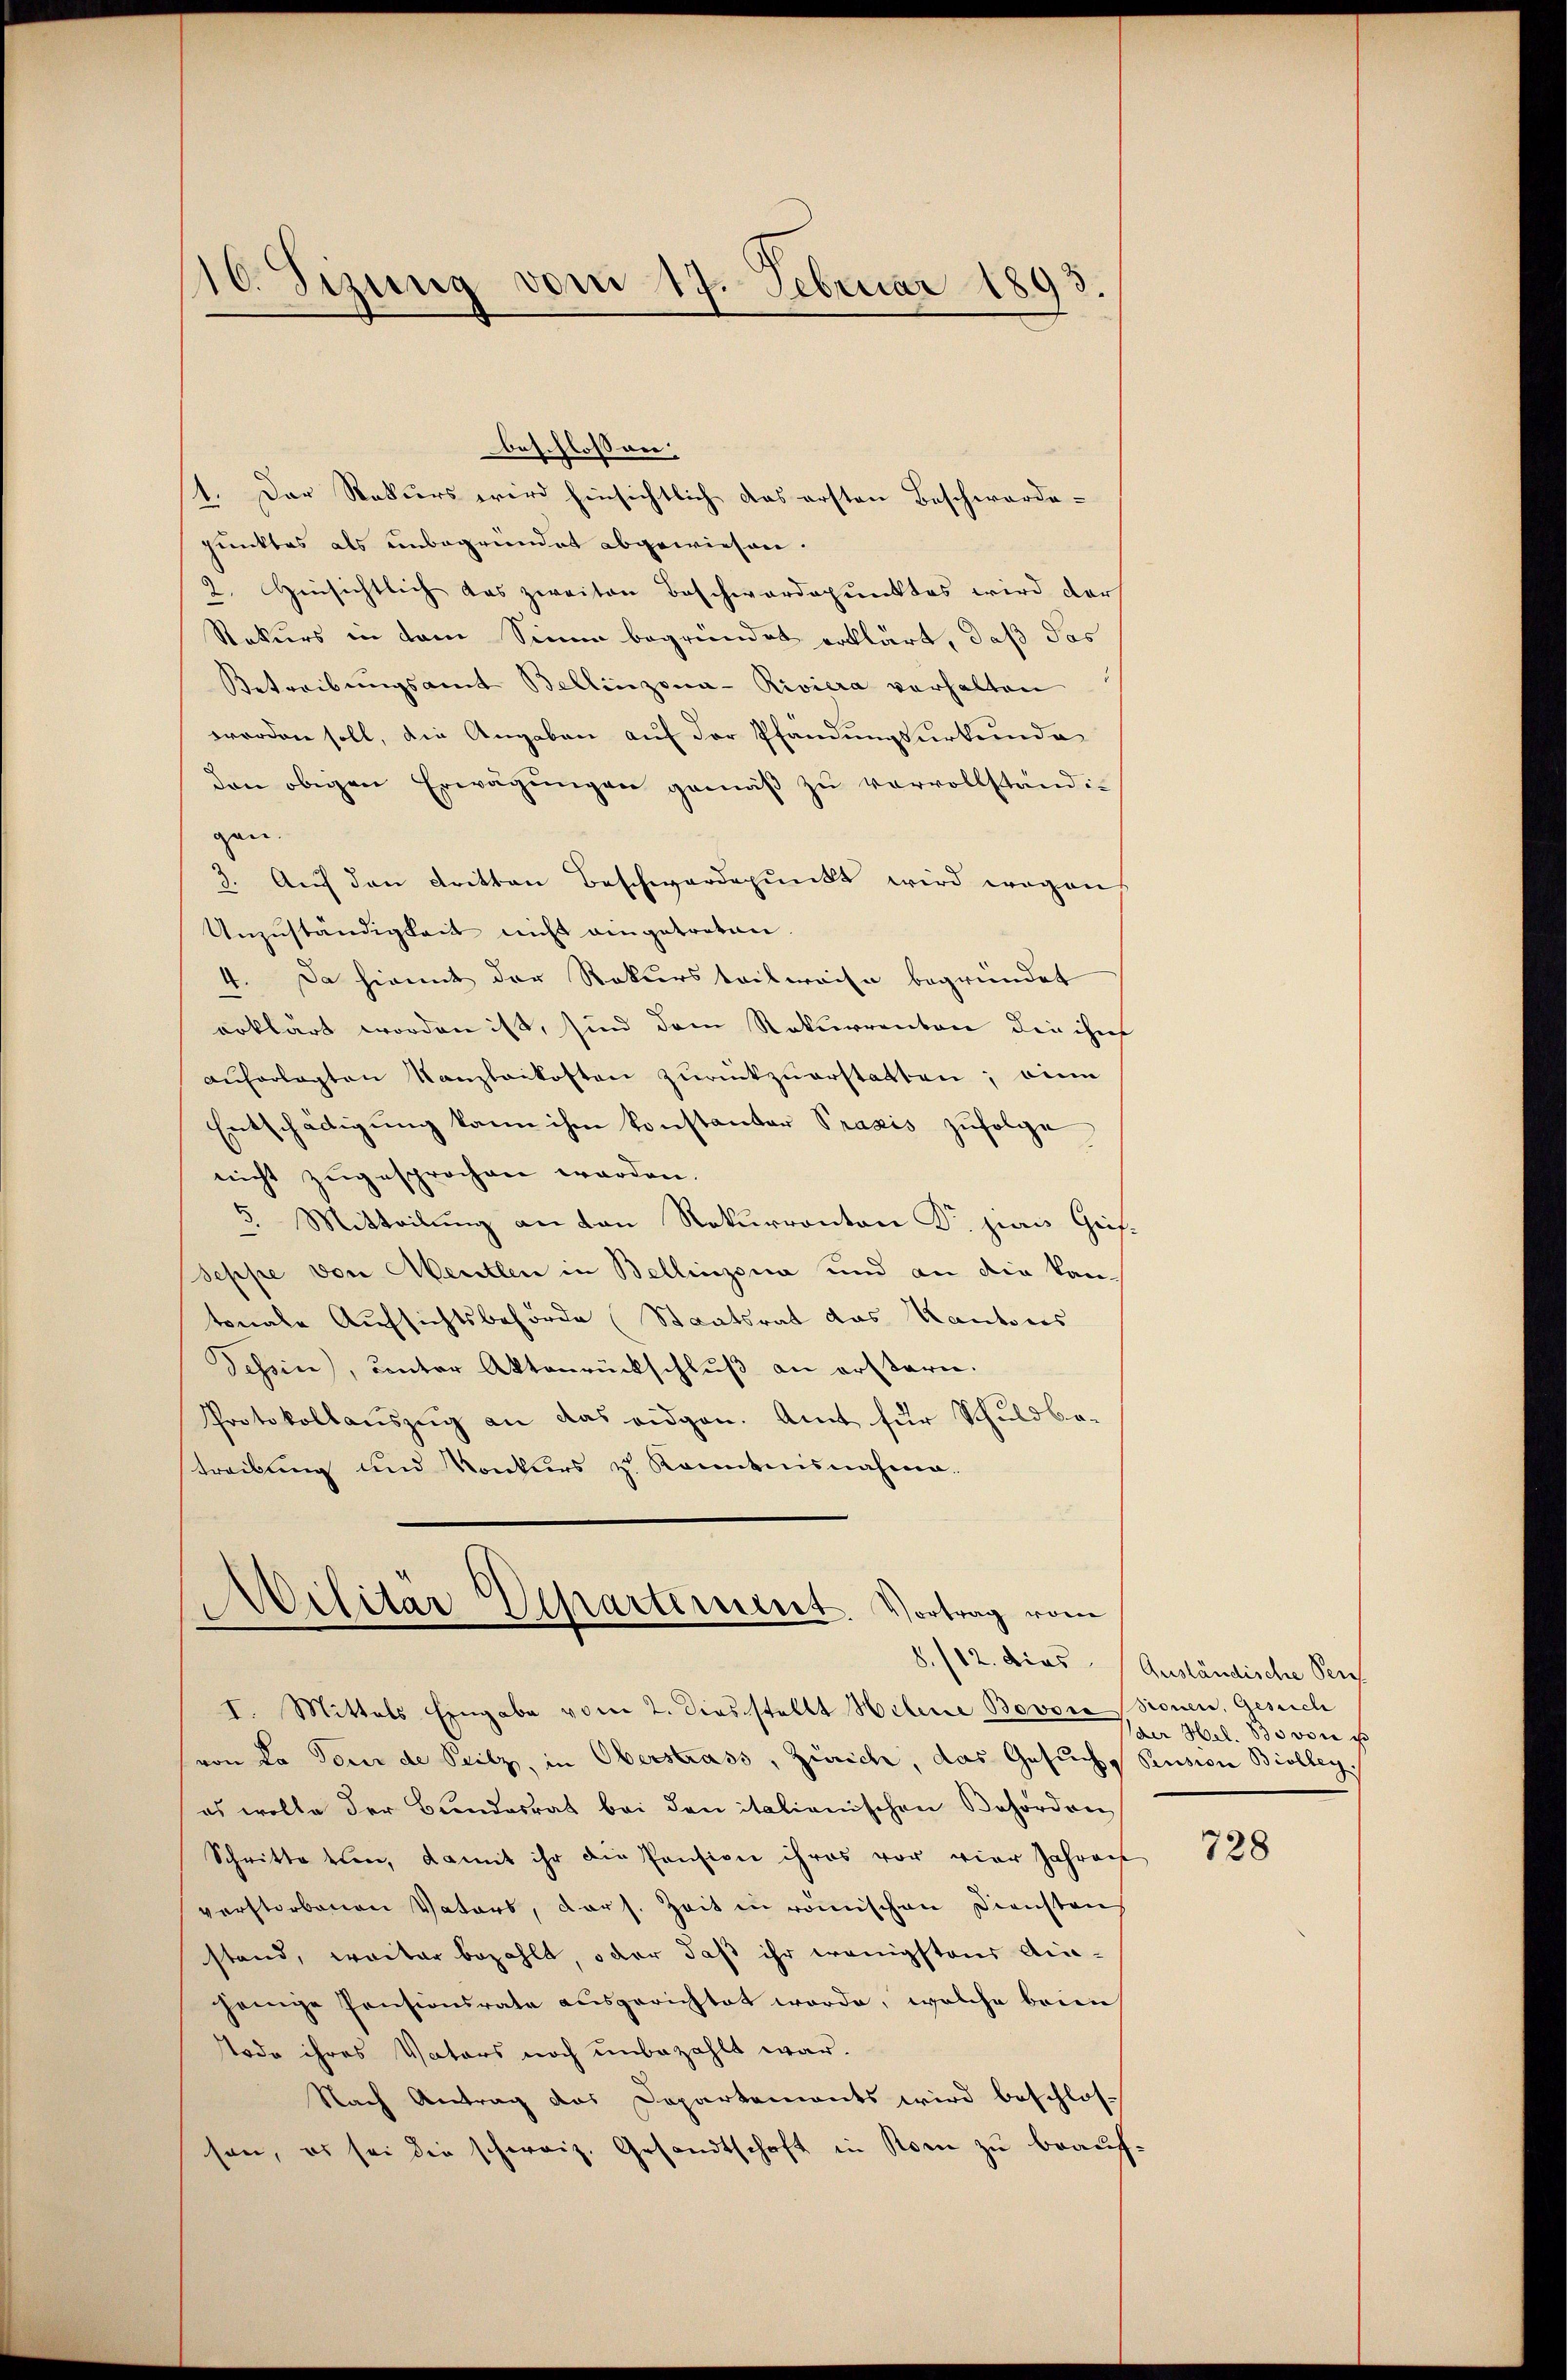
16. Sizung vom 17. Februar 1893

beschlossen:
1. Der Rekurs wird hinsichtlich das ersten Beschworde-
punktes als unbegründet abgewiesen.
2. Hinsichtlich das zweiten Beschwardepunktes wird darf
Rekurs in dem Sinne begründet erklärt, daß das
Betreibŭngsamt Bellinzona-Riviera verhalten
worden soll, die Angaben auf der Pfändungsurkunde
den obigen Erwägungen gemäß zu vervollständigen.
3. Aŭf den dritten Beschwärdepŭnkt wird wegens
Unzuständigkeit nicht eingetreten.
4. Da hiemit der Rekursteilweise begründet
erklärt worden ist, sind dem Rekurrenten die ihr
auferlegten Kanzlaikosten zurückzuerstatten; einn
Entschädigung kann ihm konstantor Praxis zufolge
nicht zugesprochen werden.
5. Mitteilung an den Rekurranton Dr. Hiern Geisseppe von Mentlen in Bellinzona und an die kantonale Aufsichtsbehörde (Staatsrat das Kantons
Tessin, unter Aktenrückschlŭβ an erstern.
Protokollauszug an das eidgen. Amt für Schuldbe-
treibung und Konkurs zu Kenntnisnahme.

Militar Departement. Vortrag vom
I. Mittels Eingabe vom 2. Diesstellt Helene Bovore Bronen, Gesuch

von La Tour de Peilz, in Oberstrass, Zürich, das Gesuch, Prusion Biolleg
es wolle der Bundesrat bei den italienischen Behörden
Schritte tun, damit ihr die Pension ihres vor vier Jahren
verstorbenen Vaters, der s. Zeit in römischen Dienstens
stand, weiter bezahlt, oder daß ihr wenigstens Au-
jenige Pensionsrate ausgerichtet werde, welche brien
Tode ihres Vaters noch unbezahlt war.
Nach Antrag das Departements wird beschlos-
sen, es sei die schweiz. Gesandtschaft in Rom zu beauf¬

8./12. dies Ausländische Per
(der Hel. 830 vore est

728